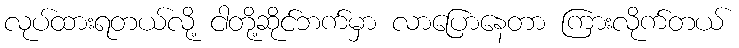
လုပ်ထားရတယ်လို့ ငါတို့ဆိုင်ဘက်မှာ လာပြောနေတာ ကြားလိုက်တယ်